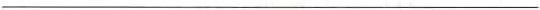
___